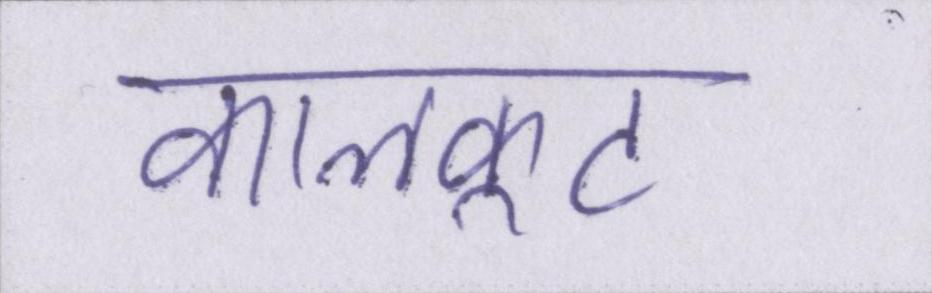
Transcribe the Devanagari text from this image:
कालकूट